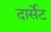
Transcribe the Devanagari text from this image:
दार्सेट